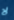
لا